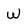
Character: w